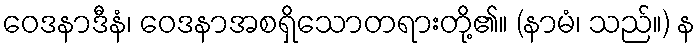
ဝေဒနာဒီနံ၊ ဝေဒနာအစရှိသောတရားတို့၏။ (နာမံ၊ သည်။) န